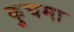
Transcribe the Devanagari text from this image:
कुचमा